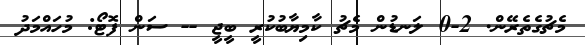
މެޗުގެތެރޭން. 2-0 ލަނޑުން މެޗު ކާމިޔާބުކުރީ ބީޖީ -- ސަން ފޮޓޯ: މުހައްމަދު